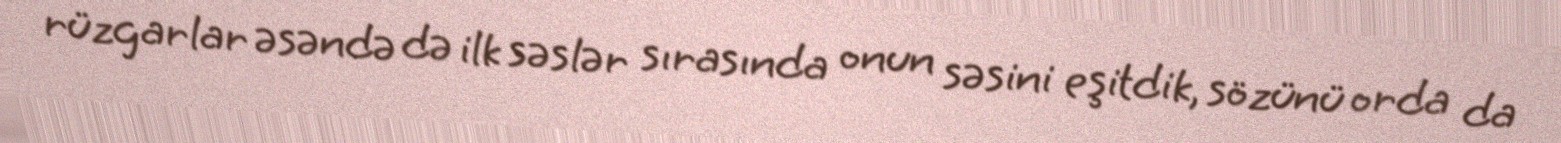
rüzgarlar əsəndə də ilk səslər sırasında onun səsini eşitdik, sözünü orda da